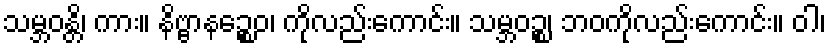
သမ္ဘဝန္တိ၊ ကား။ နိဗ္ဗာနဉ္စေဝ၊ ကိုလည်းကောင်း။ သမ္ဘဝဉ္စ၊ ဘဝကိုလည်းကောင်း။ ဝါ၊